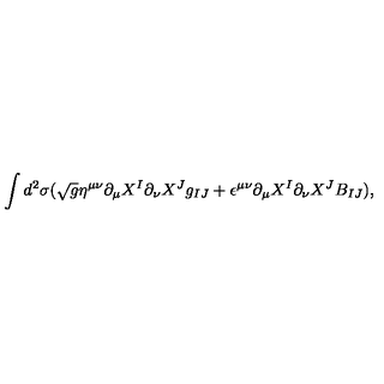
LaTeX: \int d ^ { 2 } \sigma ( \sqrt { g } \eta ^ { \mu \nu } \partial _ { \mu } X ^ { I } \partial _ { \nu } X ^ { J } g _ { I J } + \epsilon ^ { \mu \nu } \partial _ { \mu } X ^ { I } \partial _ { \nu } X ^ { J } B _ { I J } ) ,